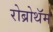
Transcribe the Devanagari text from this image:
रोब्रोथॅम